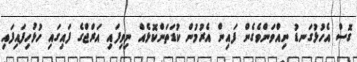
ގޮސް އެހުޅުގަނޑު ނިއްވަންވެގެން ފައިން އެރުމުން ކުޑަތަންކޮޅެއް ނިވިފައި އަރްޖްގެ ފައިގައި ހުޅުހިފައިފައި